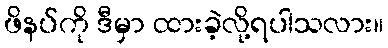
ဖိနပ်ကို ဒီမှာ ထားခဲ့လို့ရပါသလား။